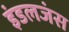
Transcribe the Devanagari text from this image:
इंडलजंस